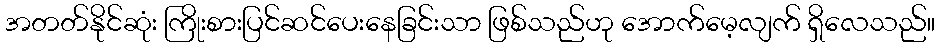
အတတ်နိုင်ဆုံး ကြိုးစားပြင်ဆင်ပေးနေခြင်းသာ ဖြစ်သည်ဟု အောက်မေ့လျက် ရှိလေသည်။